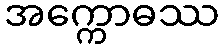
အက္ကောဓဿ